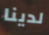
لدينا